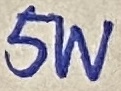
Text: 5W